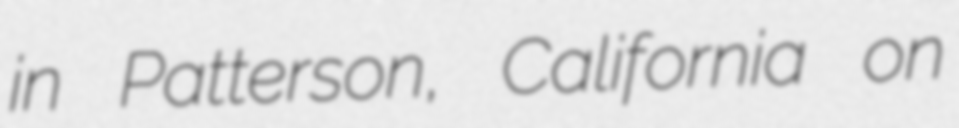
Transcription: in Patterson, California on